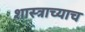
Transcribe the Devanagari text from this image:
शास्त्राच्याच